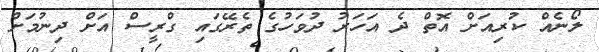
ލޯނެއް ކުރިއަށް އޮތް ދެ އަހަރު ދުވަހުގެ ތެރޭގައި ގްރީސް އަށް ދިނުމަށް